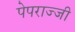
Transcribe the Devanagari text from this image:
पेपराज्जी